Document type: Enfranchisement
Year: 1297
Scribe: Jaume de Trilla
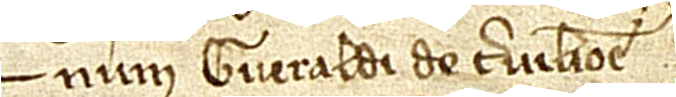
num Gueraldi de Cervilione